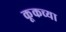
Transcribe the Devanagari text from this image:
कूकच्या